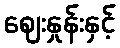
ဈေးနှုန်းနှင့်